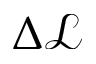
\Delta \mathcal { L }